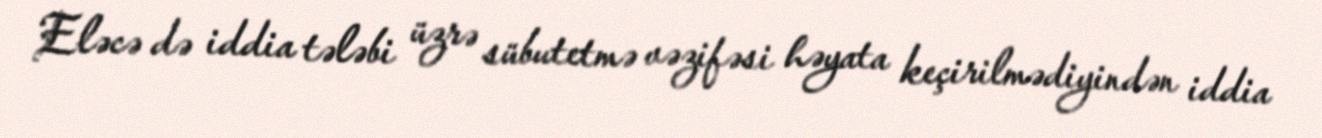
Eləcə də iddia tələbi üzrə sübutetmə vəzifəsi həyata keçirilmədiyindən iddia